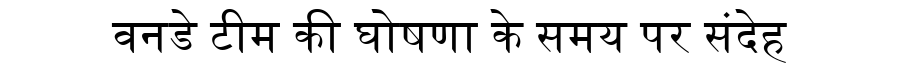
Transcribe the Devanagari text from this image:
वनडे टीम की घोषणा के समय पर संदेह